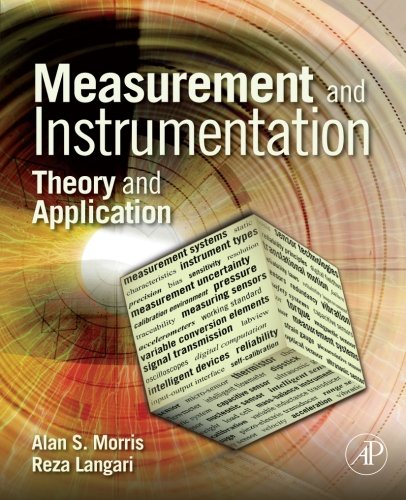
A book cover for Measurement and Instrumentation: Theory and Application; Alan S Morris; Science & Math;